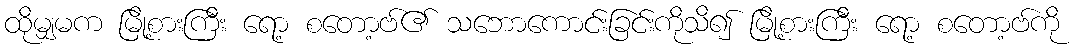
ထိုမျှမက မြို့စားကြီး ရော့ စတော့ဗ်၏ သဘောကောင်းခြင်းကိုသိ၍ မြို့စားကြီး ရော့ စတော့ဗ်ကို